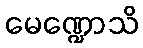
မေဏ္ဍောသိ